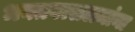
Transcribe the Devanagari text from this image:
भक्तवत्सलमांना